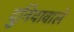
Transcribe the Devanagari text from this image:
दुनियावाले